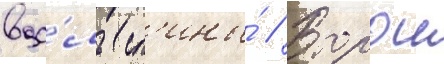
вдо́ль сп'ины́ // Второи